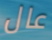
عال